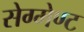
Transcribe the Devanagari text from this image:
सेग्मेण्ट